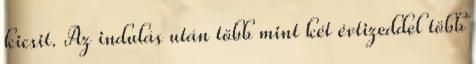
kicsit. Az indulás után több mint két évtizeddel több